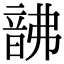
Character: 𩐚